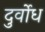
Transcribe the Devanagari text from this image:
दुर्वोध